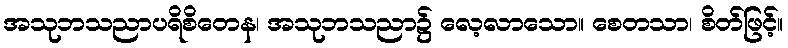
အသုဘသညာပရိစိတေန၊ အသုဘသညာ၌ လေ့လာသော။ စေတသာ၊ စိတ်ဖြင့်။